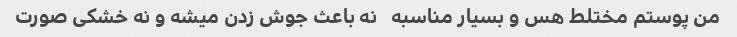
من پوستم مختلط هس و بسیار مناسبه   نه باعث جوش زدن میشه و نه خشکی صورت